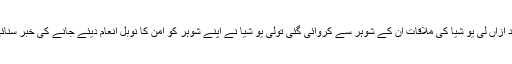
بعد ازاں لی یو شیا کی ملاقات ان کے شوہر سے کروائی گئی تولی یو شیا نے اپنے شوہر کو امن کا نوبل انعام دیئے جانے کی خبر سنائی۔